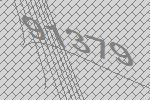
91379